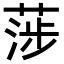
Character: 𦶼